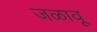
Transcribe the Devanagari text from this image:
जळावू